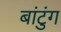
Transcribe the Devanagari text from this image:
बांटुंग